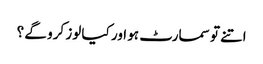
اتنے تو سمارٹ ہو اور کیا لوز کرو گے ؟